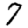
Digit: 7